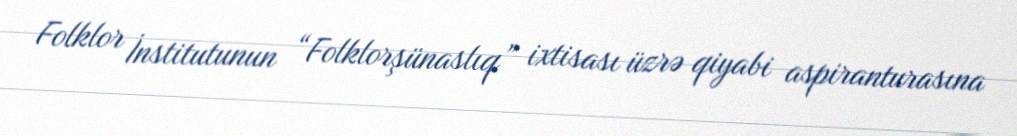
Folklor İnstitutunun “Folklorşünaslıq” ixtisası üzrə qiyabi aspiranturasına